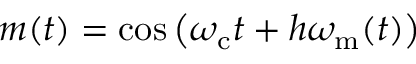
m ( t ) = \cos \left( \omega _ { \mathrm { c } } t + h \omega _ { \mathrm { m } } ( t ) \right)